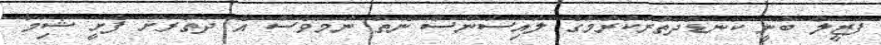
ފަޒީލް ބުނީ ކަނޑުދަތުރުކުރުމުގެ ލައިސަންސް ނެތް ނަމަވެސް އެ ދަތުރަށް ފެށީ ޝިމާ